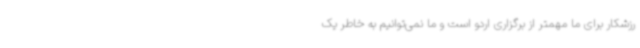
رزشکار برای ما مهمتر از برگزاری اردو است و ما نمی‌توانیم به خاطر یک